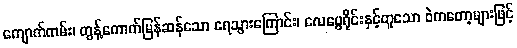
ကျောက်ကမ်း၊ တွန့်ကောက်မြန်ဆန်သော ရေသွားကြောင်း၊ လေပွေရိုင်းနှင့်တူသော ဝဲကတော့များဖြင့်